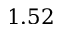
1 . 5 2